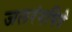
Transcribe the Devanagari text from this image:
जलरंगचित्रे